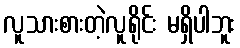
လူသားစားတဲ့လူရိုင်း မရှိပါဘူး